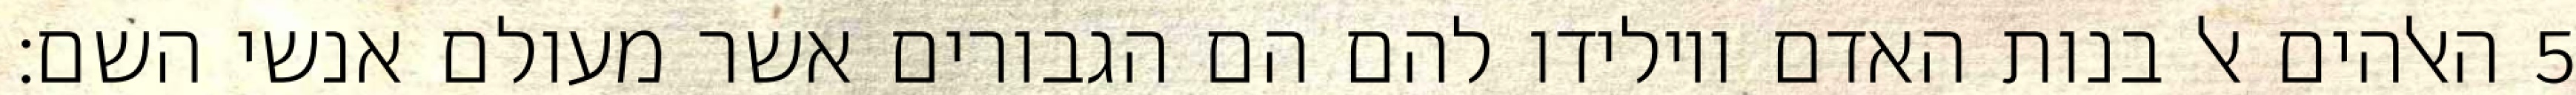
האלהים אל בנות האדם ויולידו להם הם הגבורים אשר מעולם אנשי השם׃ ‎5‏